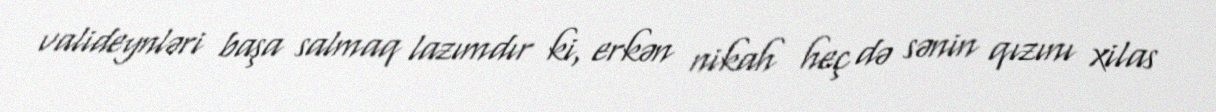
valideynləri başa salmaq lazımdır ki, erkən nikah heç də sənin qızını xilas